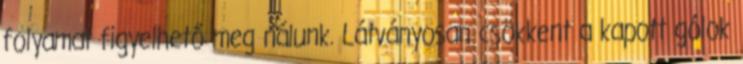
folyamat figyelhető meg nálunk. Látványosan csökkent a kapott gólok